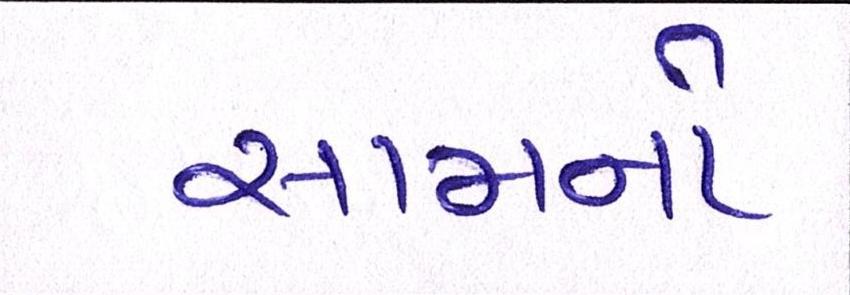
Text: સામનો